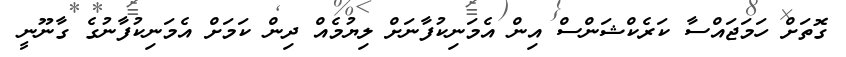
ގޮތަށް ހަމަޖައްސާ ކަރެކްޝަންސް އިން އެމަނިކުފާނަށް ލިޔުމެއް ދިން ކަމަށް އެމަނިކުފާނުގެ ގާނޫނީ